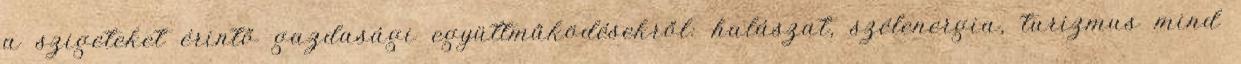
a szigeteket érintő gazdasági együttműködésekről: halászat, szélenergia, turizmus mind